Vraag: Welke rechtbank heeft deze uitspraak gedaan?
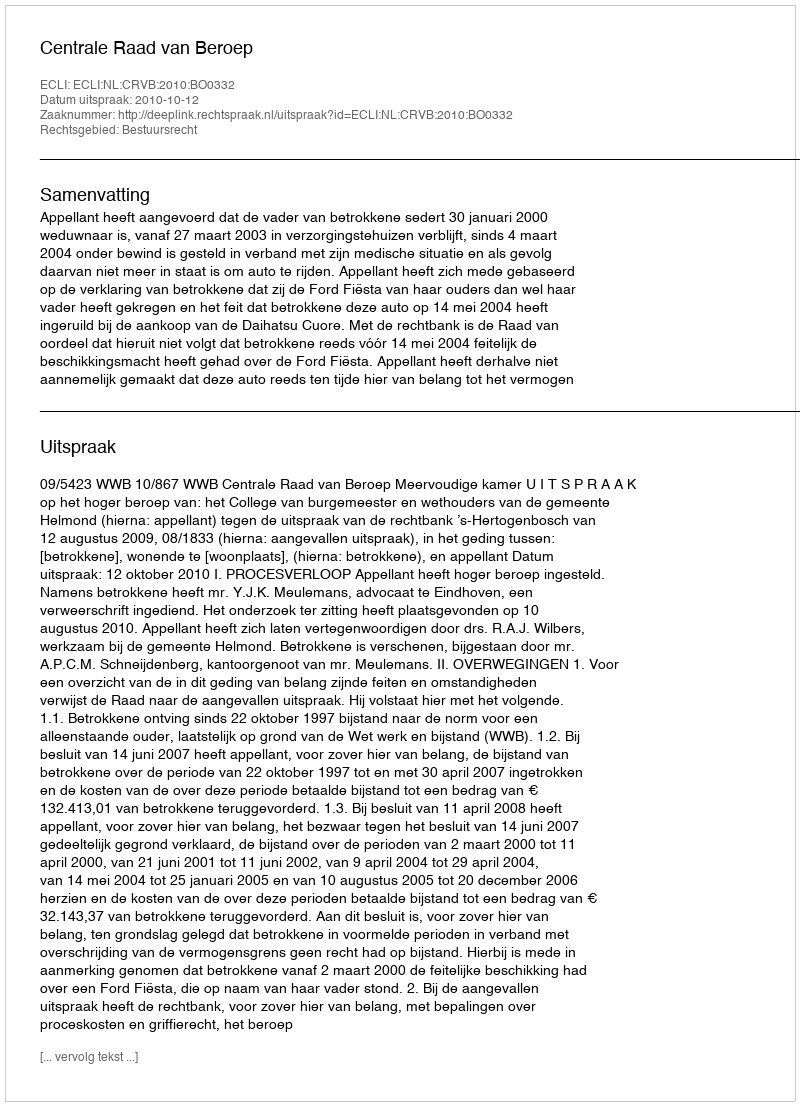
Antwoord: Centrale Raad van Beroep